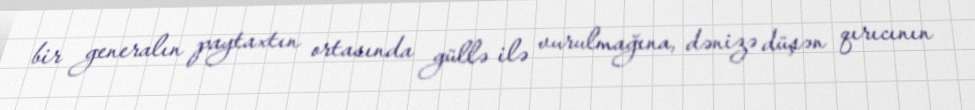
bir generalın paytaxtın ortasında güllə ilə vurulmağına, dənizə düşən qırıcının